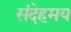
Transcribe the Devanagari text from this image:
संदेहमय